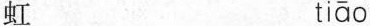
虹 tiāo